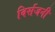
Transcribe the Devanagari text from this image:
विर्सजनी